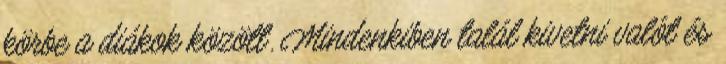
körbe a diákok között. Mindenkiben talál kivetni valót és